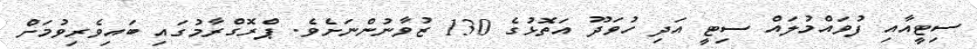
ސިޓީއާއި ފުވައްމުލައް ސިޓީ އަދި ހުވަދޫ އަތޮޅުގެ 130 ޒުވާނުންނަށެވެ. ޕްރޮގްރާމުގައި ބައިވެރިވުމަށް